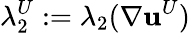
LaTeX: \lambda_{2}^{U}:=\lambda_{2}({\mathbf\nabla}{\mathbf u}^{U})